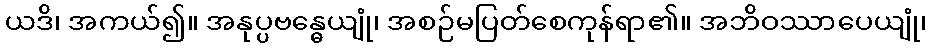
ယဒိ၊ အကယ်၍။ အနုပ္ပဗန္ဓေယျုံ၊ အစဉ်မပြတ်စေကုန်ရာ၏။ အဘိဝဿာပေယျုံ၊